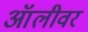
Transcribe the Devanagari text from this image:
ऑलीवर